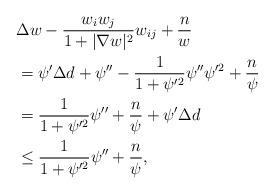
LaTeX: \begin{align*}&\Delta w-\frac{w_{i}w_{j}}{1+|\nabla w|^{2}}w_{ij}+\frac{n}{w}\\&=\psi'\Delta d+\psi''-\frac{1}{1+\psi'^{2}}\psi''\psi'^{2}+\frac{n}{\psi}\\&=\frac{1}{1+\psi'^{2}}\psi''+\frac{n}{\psi}+\psi'\Delta d\\&\leq \frac{1}{1+\psi'^{2}}\psi''+\frac{n}{\psi},\end{align*}